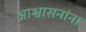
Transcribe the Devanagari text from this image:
आश्वासनांना